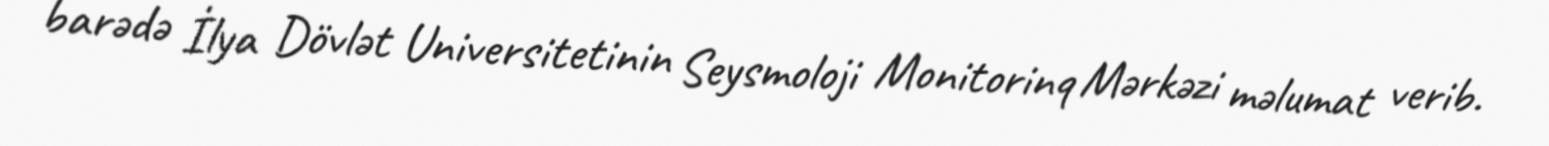
barədə İlya Dövlət Universitetinin Seysmoloji Monitorinq Mərkəzi məlumat verib.